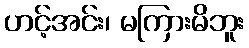
ဟင့်အင်း၊ မကြားမိဘူး